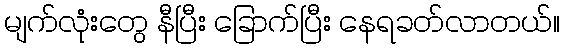
မျက်လုံးတွေ နီပြီး ခြောက်ပြီး နေရခတ်လာတယ်။